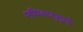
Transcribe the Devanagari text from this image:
मायिलादुतुरई